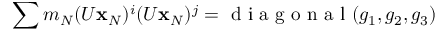
\sum m _ { N } ( U { \bf x } _ { N } ) ^ { i } ( U { \bf x } _ { N } ) ^ { j } = \mathrm { ~ d ~ i ~ a ~ g ~ o ~ n ~ a ~ l ~ } ( g _ { 1 } , g _ { 2 } , g _ { 3 } )